Madras plague regulations in force outside the Presidency town - Volume 7
Disease focus: Plague
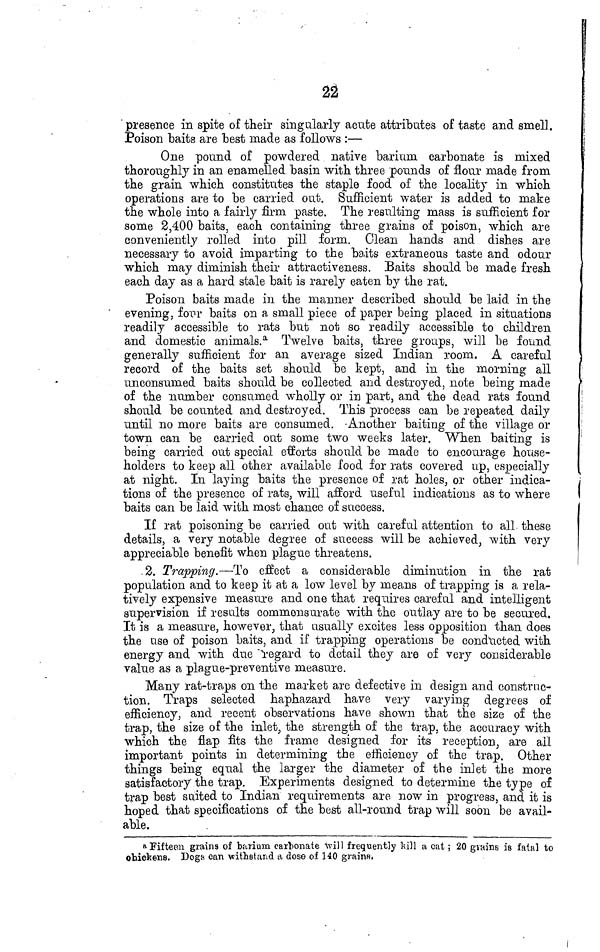
rtrt
A ¿i
'presence in spite of their singularly acute attributes of taste and smell.
Poison baits are best made as follows :—
One pound of powdered native barium carbonate is mixed
thoroughly in an enamelled basin with three pounds of flour made from
the grain which constitutes the staple food of the locality in which
operations are to be carried out. Sufficient water is added to ma,ke
the whole into a fairly firm paste. The resulting mass is sufficient for
some 2,400 baits, each containing three grains of poison, which are
conveniently rolled into pill form. Clean hands and dishes are
necessary to avoid imparting to the baits extraneous taste and odour
which may dimmish their attractiveness. Baits should be made fresh
each day as a hard stale bait is rarely eaten by the rat.
Poison baits made in the manner described should be laid in the
' evening, four baits on a small piece of paper being placed in situations
readily accessible to rats but not so readily accessible to children
and domestic animals. a Twelve baits, three groups, will be found
generally sufficient for an average sized Indian room. A careful
record of the baits set should be kept, and in the morning all
unconsumed baits should be collected and destroyed, note being made
of the number consumed wholly or in part, and the dead rats found
should be counted and destroyed. This process can be repeated daily
until no more baits are consumed. -Another baiting of the village or
town can be carried out some two weeks later. When baiting is
being carried out special efforts should be made to encourage house-
holders to keep all other available food for rats covered up, especially
at night. In laying baits the presence of rat holes, or other indica-
tions of the presence of rats, will afford useful indications as to where
baits can be laid with most chance of success.
If rat poisoning be carried out with careful attention to all these
details, a very notable degree of success will be achieved, with very
appreciable benefit when plague threatens.
.2. Trapping.—To effect a considerable diminution in the rat
population and to keep it at a low level by means of trapping is a rela-
tively expensive measure and one that requires careful and intelligent
supervision if results commensurate with the outlay are to be secured.
It is a measure, however, that usually excites less opposition than does
the use of poison baits, and if trapping operations be conducted with
energy and with due "1-egard to detail they are of very considerable
value as a plague-preventive measure.
Many rat-traps 011 the market arc defective in design and construc-
tion. Traps selected haphazard have very varying degrees of
efficiency, and recent observations have shown that the size of the
trap, the size of the inlet, the strength of the trap, the accuracy with
which the flap fits the frame designed for its reception, are ail
important points in determining the efficiency of the trap. Other
things being equal the larger the diameter of the inlet the more
satisfactory the trap. Experiments designed to determine the type of
trap best suited to Indian requirements are now in progress, and it is
hoped that specifications of the best all-round trap will soon be avail-
able.
R Fifteen grains of barium carbonate ^ill frequently Mil a cat ; 20 grains is fatal to
ohickens. Dogs can withstand A dose of HO grains,